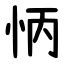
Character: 怲